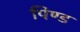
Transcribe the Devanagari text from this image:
पिण्‍ड